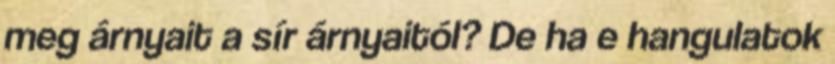
meg árnyait a sír árnyaitól? De ha e hangulatok